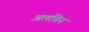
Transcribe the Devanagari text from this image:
अलंचिन